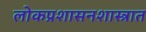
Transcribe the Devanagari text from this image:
लोकप्रशासनशास्त्रात